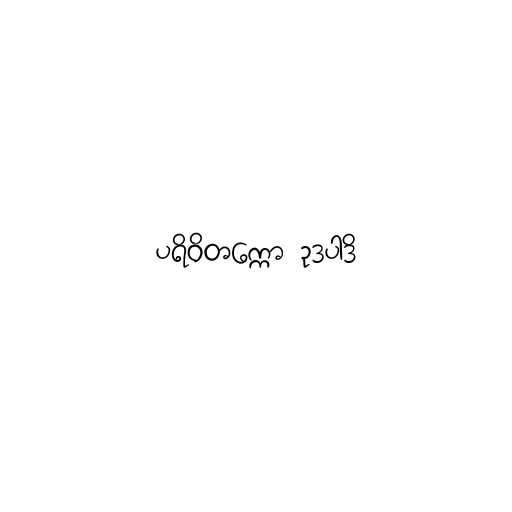
ပရိဝိတက္ကော ဥဒပါဒိ